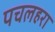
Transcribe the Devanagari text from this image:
पचलहरा